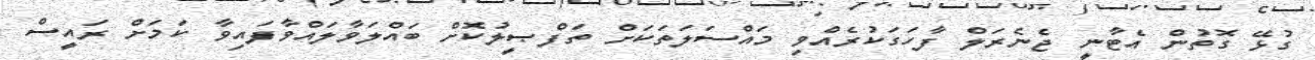
ގުޅޭ ގޮތުން އެޓާނީ ޖެނެރަލް ފާހަގަކުރެއްވި މައްސަލަތަކަށް ތަފްޞީލުކޮށް ބައްލަވާލައްވާފައިވާ ކަމަށް ރައީސް